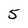
Character: 5